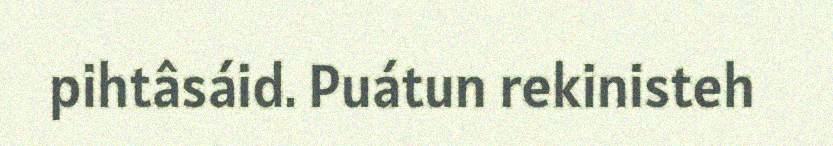
pihtâsáid. Puátun rekinisteh